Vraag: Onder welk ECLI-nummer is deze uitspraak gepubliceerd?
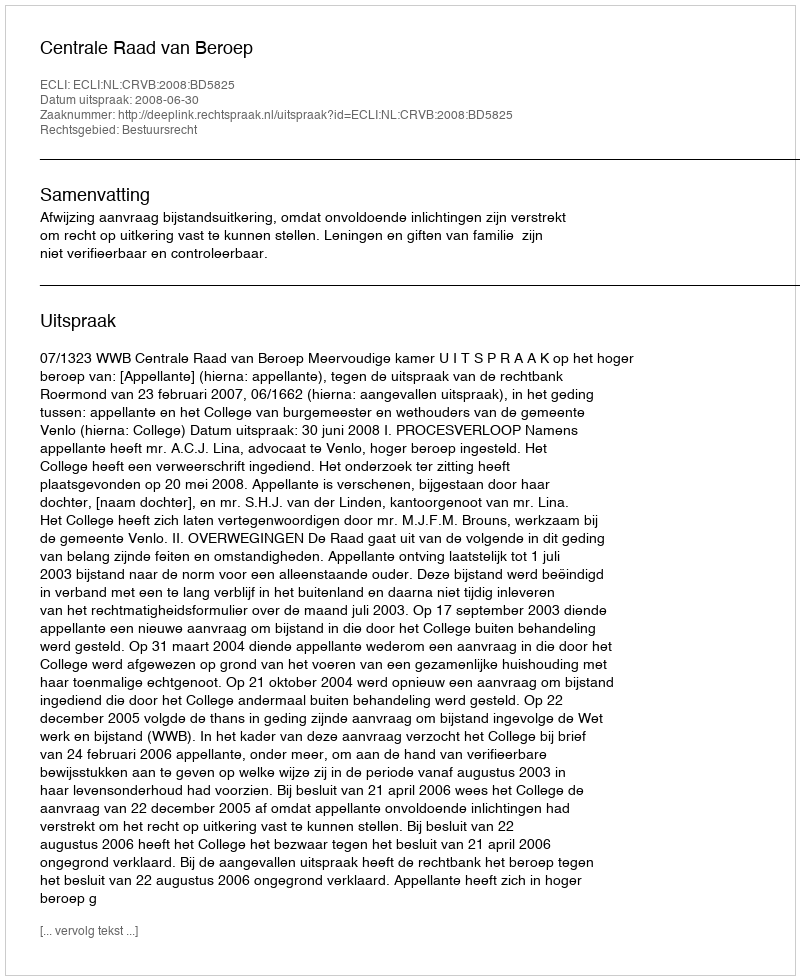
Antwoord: ECLI:NL:CRVB:2008:BD5825